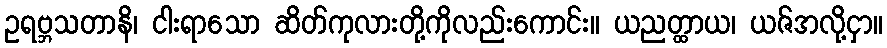
ဥရဗ္ဘသတာနိ၊ ငါးရာသော ဆိတ်ကုလားတို့ကိုလည်းကောင်း။ ယညတ္ထာယ၊ ယဇ်အလို့ငှာ။